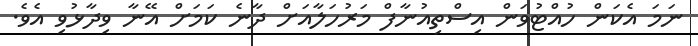
ނަމަ އެކަން ހުއްޓުވަން އިސްތިއުނާފް މަރުހަލާއަށް ދާނެ ކަމަށް އޭނާ ވިދާޅުވި އެވެ.